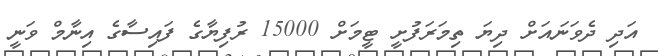
އަދި ދެވަނައަށް ދިޔަ ތިމަރަފުށީ ޓީމަށް 15000 ރުފިޔާގެ ފައިސާގެ އިނާމް ވަނީ